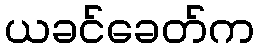
ယခင်ခေတ်က